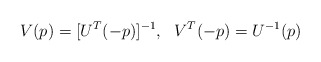
\begin{align*}V(p)=[U^T(-p)]^{-1}, \ \ V^T(-p)=U^{-1}(p)\end{align*}